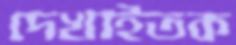
দেখাইতক